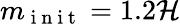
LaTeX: m_{\mathrm{~i~n~i~t~}}=1.2\mathcal{H}